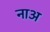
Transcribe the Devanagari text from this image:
नाअ